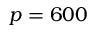
p = 6 0 0